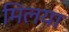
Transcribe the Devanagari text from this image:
मिलया